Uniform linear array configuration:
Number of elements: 4
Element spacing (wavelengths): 0.75
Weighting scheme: hann
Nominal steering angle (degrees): -45
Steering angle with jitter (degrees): -46.126
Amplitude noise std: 0.05
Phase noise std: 0.05

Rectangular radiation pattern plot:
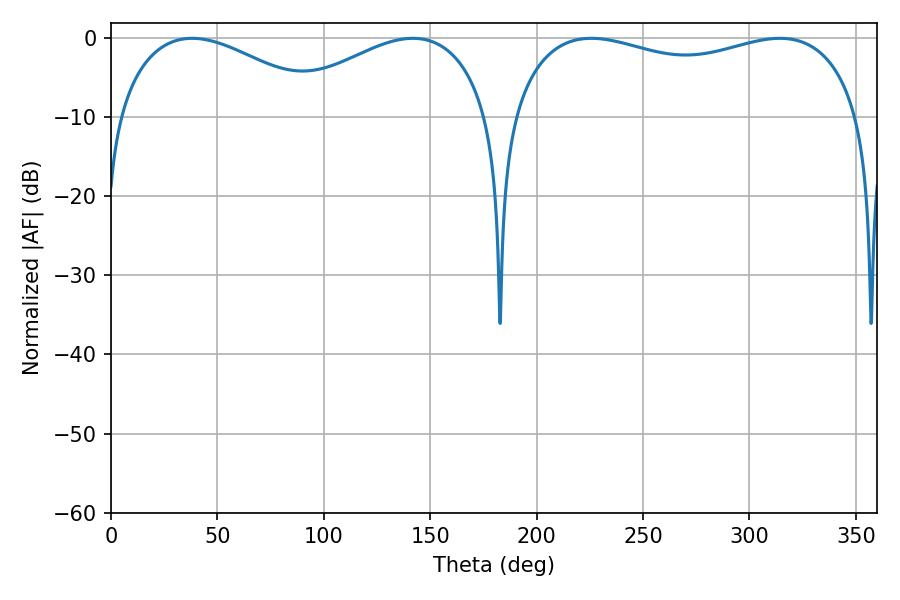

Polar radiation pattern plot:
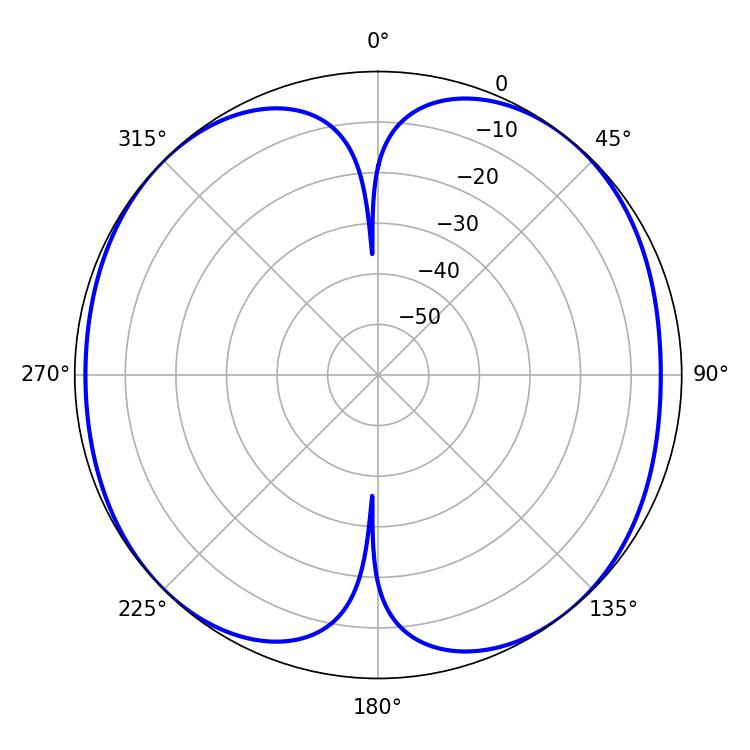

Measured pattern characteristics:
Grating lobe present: TRUE
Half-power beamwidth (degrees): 135
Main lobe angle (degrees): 225.72